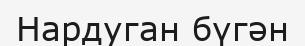
Нардуган бүгән